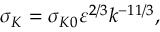
\sigma _ { K } = \sigma _ { K 0 } \varepsilon ^ { 2 / 3 } k ^ { - 1 1 / 3 } ,